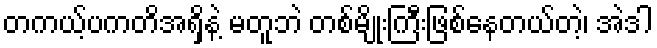
တကယ့်ပကတိအရှိနဲ့ မတူဘဲ တစ်မျိုးကြီးဖြစ်နေတယ်တဲ့၊ အဲဒါ